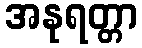
အနုရတ္တာ